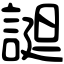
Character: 𧩙